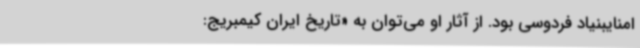
امنایبنیاد فردوسی بود. از آثار او می‌توان به «تاریخ ایران کیمبریج: